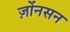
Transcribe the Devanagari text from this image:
ज़ोंनसन